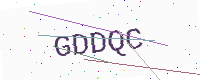
Text: GDDQC